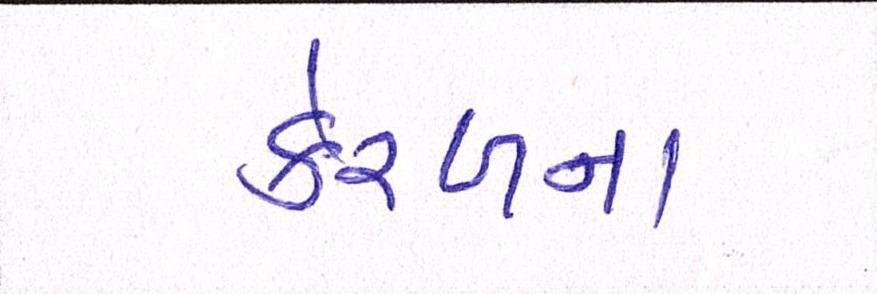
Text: કેરળના